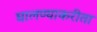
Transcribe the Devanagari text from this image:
घालण्याकरीता